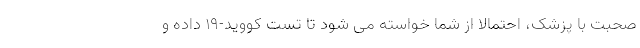
صحبت با پزشک، احتمالا از شما خواسته می شود تا تست کووید-19 داده و